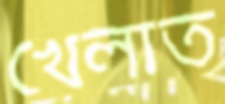
খেলাত